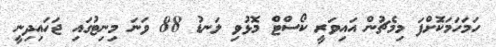
ހަމަހަމަކޮށްފަ މިމެޗުން އައިވަރީ ކޯސްޓް މޮޅުވި ލަނޑު 88 ވަނަ މިނިޓުގައި ޖަހައިދިނީ